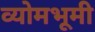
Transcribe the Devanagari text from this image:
व्योमभूमी